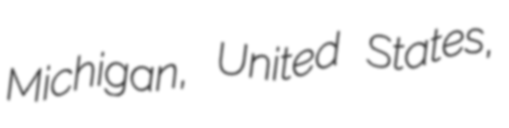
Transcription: Michigan, United States,